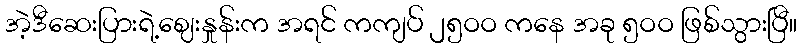
အဲ့ဒီဆေးပြားရဲ့ဈေးနှုန်းက အရင် ကကျပ် ၂၅ဝဝ ကနေ အခု ၅ဝဝ ဖြစ်သွားပြီ။